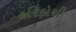
હરિફોથી